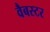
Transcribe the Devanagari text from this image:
वैबस्टर